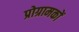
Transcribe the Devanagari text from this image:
प्रोग्रामकों